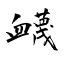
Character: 衊